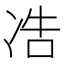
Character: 𱐆